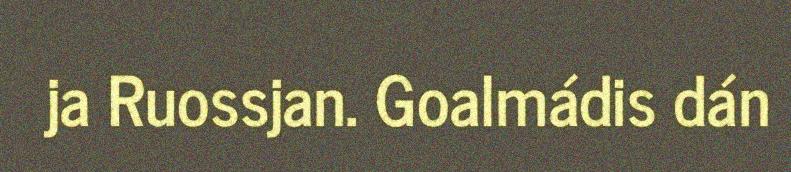
ja Ruossjan. Goalmádis dán